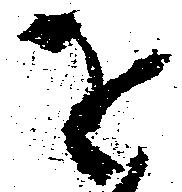
を